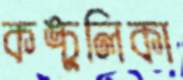
কঙ্চুলিকা